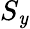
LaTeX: S_{\mathit{y}}